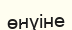
өнуіне